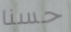
حسنا